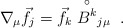
\begin{align*}\nabla_{\mu}\vec{f}_{j}=\vec{f}_{k}\stackrel{\circ}{B^{k}}_{j\mu}\;.\end{align*}